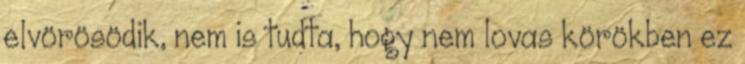
elvörösödik, nem is tudta, hogy nem lovas körökben ez